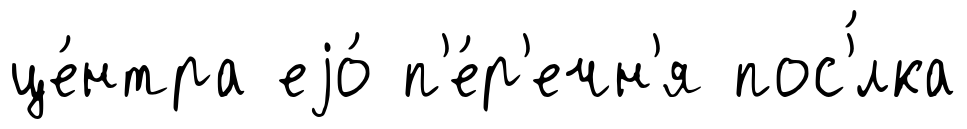
це́нтра еjо́ п'е́р'ечн'я пос'́лка